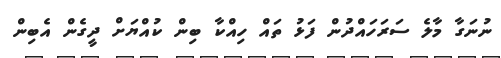
ނުނަގާ މާލެ ސަރަހައްދުން ފަޅު ތައް ހިއްކާ ބިން ކުއްޔަށް ދީގެން އެބިން